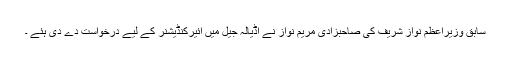
سابق وزیراعظم نواز شریف کی صاحبزادی مریم نواز نے اڈیالہ جیل میں ائیرکنڈیشنر کے لیے درخواست دے دی ہئے ۔